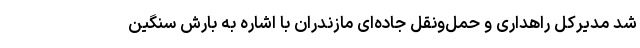
شد مدیرکل راهداری و حمل‌ونقل جاده‌ای مازندران با اشاره به بارش سنگین